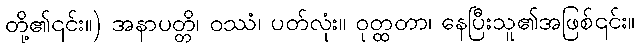
တို့၏၎င်း။) အနာပတ္တိ၊ ဝဿံ၊ ပတ်လုံး။ ဝုတ္ထတာ၊ နေပြီးသူ၏အဖြစ်၎င်း။